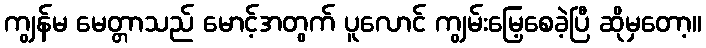
ကျွန်မ မေတ္တာသည် မောင့်အတွက် ပူလောင် ကျွမ်းမြေ့စေခဲ့ပြီ ဆိုမှတော့။